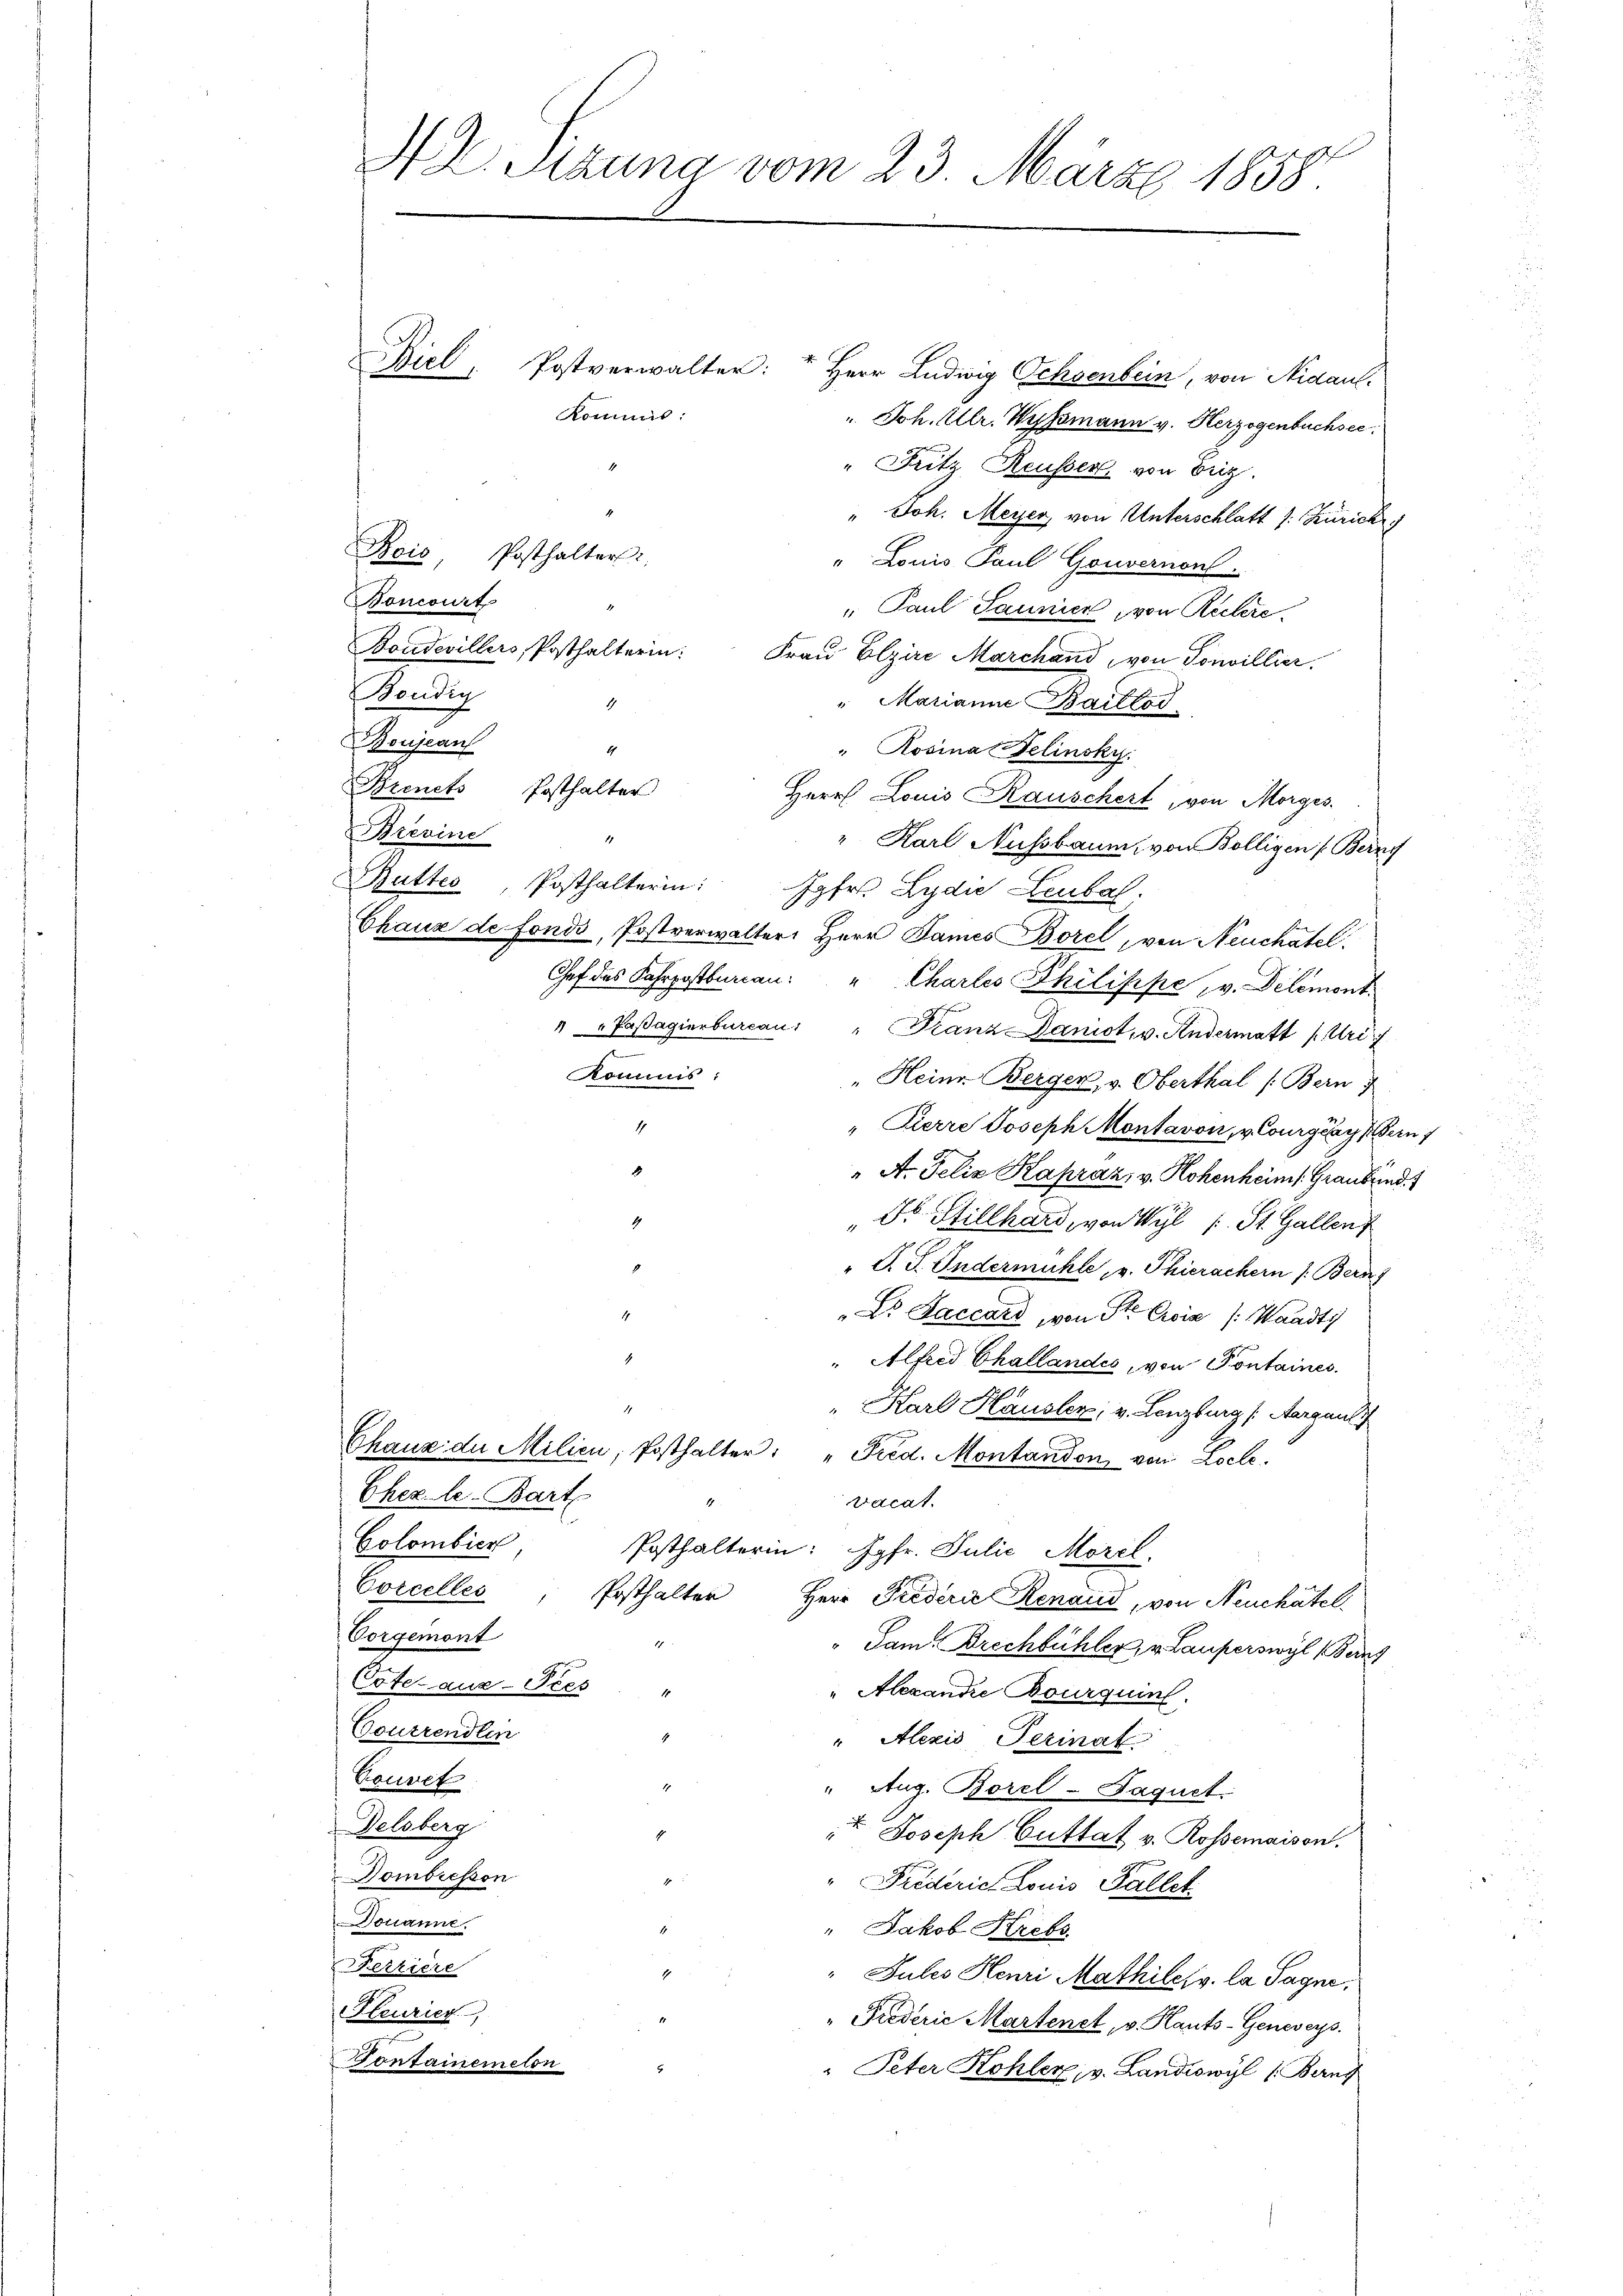
N E. Sttung vom 23. März 1858.

Biel, Postverwalter: " Herr Ludwig Ochsenbein, von Nidaul-
. Joh. Ullr. Wyssmann v. Herzogenbuchsee,
" Fritz Reusser von Briz.
" Joh. Meyer, von Unterschlatt J. Zürich
" Louis Paul Gouvernon.
Boncourt
1
 Paul Saumer, von Ruhere
Boudevillers, Posthalterin: Fraŭ Elzire Marchand, von Tonvillier.
Fendig
" Marianne Baillod
1
Boujean
4
" Rosina Selinsky.
Bzencts Posthalter
Herr Louis Rauschert, von Morges.
Brevine
1
" Karl Nussbaum, von Bolligen (Berng
Butter Posthalterin: Jgfr. Lydie Leubal
Chaux de fonds, Postverwalter: Herr James Borel, von Neuchâtel
Chef des Fahrpostbaren: " Charles Philisipe, v. Delemont.
4" Paßagierburcau: " Franz Daniot, v. Andermatt (Uri
Kommis:
"Heine Berger, v. Oberthal (Bern f
" Zierre Joseph Montavon, v. Courgéays Bern
4
A. Felix Kapraz, v. Robenheims: Graubünd
Fr. Stillhard, von Wyl (: St. Gallen
" P. F. Indermühle, v. Thierachern /: Bern)
"Dr. Jaccard, von St. Croix /: Waadt
" Alfred Challandes, von Pontaines
1
" Karl Häusler, v. Lenzburg (Aargau
Ghanz der Milieu, Posthalter: " Fred. Montandon von Loche.
Ehez le-Bart
4
vacat.
Colombier
Posthalterin: Jgfr. Julić, Morel.
Corcelles, Posthalter Herr Prederie Renaud, von Neuchatel
Vorgemont
"Jam. Brechbühler, v. Lauperswyl einz
Cote aus-Frees "
" Alexandre Bourquinl.
Toutrendten
"Alezis Perinat
Touret
" Aug. Borel-Saquet
Delsberg
 Joseph Guttat v. Rossemaison.
Dombresson
"Friderich Louis Fallet
ohanne
" Jakob Krebs
Ferriere
"Jules Henri Mathile, v. la Sagne,
Seurier
"Prederie Martenet, v. Kauts-Genevers.
Vontainemeten
" Peter Kohler, v. Landiswyl (Berng

Kommis:

Rois Posthalters